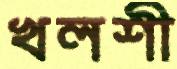
খলশী